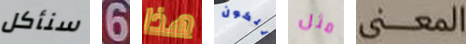
سنأكل 6 هذا للكون مثل المعنى